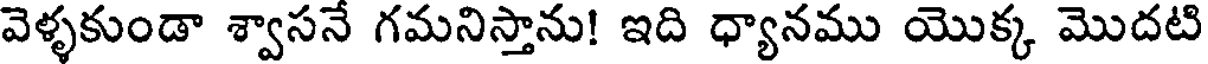
వెళ్ళకుండా శ్వాసనే గమనిస్తాను! ఇది ధ్యానము యొక్క మొదటి